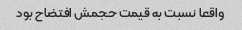
واقعا نسبت به قیمت حجمش افتضاح بود